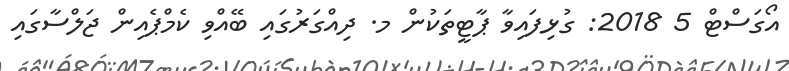
އޯގަސްޓް 5 2018: ގުޅިފައިވާ ޕާޓީތަކުން މ. ދިއްގަރުގައި ބޭއްވި ކެމްޕެއިން ޖަލްސާގައި